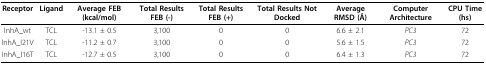
<table><thead><tr><td><b>Receptor</b></td><td><b>Ligand</b></td><td><b>Average FEB (kcal/mol)</b></td><td><b>Total Results FEB (-)</b></td><td><b>Total Results FEB (+)</b></td><td><b>Total Results Not Docked</b></td><td><b>Average RMSD (Å)</b></td><td><b>Computer Architecture</b></td><td><b>CPU Time (hs)</b></td></tr></thead><tbody><tr><td>InhA_wt</td><td>TCL</td><td>-13.1 ± 0.5</td><td>3,100</td><td>0</td><td>0</td><td>6.6 ± 2.1</td><td><i>PC3</i></td><td>72</td></tr><tr><td>InhA_I21V</td><td>TCL</td><td>-11.2 ± 0.7</td><td>3,100</td><td>0</td><td>0</td><td>5.6 ± 1.5</td><td><i>PC3</i></td><td>72</td></tr><tr><td>InhA_I16T</td><td>TCL</td><td>-12.7 ± 0.5</td><td>3,100</td><td>0</td><td>0</td><td>6.4 ± 1.3</td><td><i>PC3</i></td><td>72</td></tr></tbody></table>